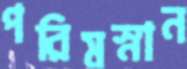
পরিমস্নান